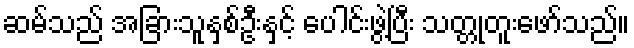
ဆမ်သည် အခြားသူနှစ်ဦးနှင့် ပေါင်းဖွဲ့ပြီး သတ္တုတူးဖော်သည်။